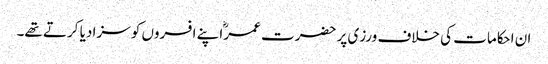
ان احکامات کی خلاف ورزی پر حضرت عمرؓ اپنے افسروں کو سزا دیا کرتے تھے۔